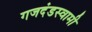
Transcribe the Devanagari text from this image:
गजदंडस्वामी